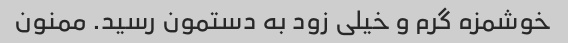
خوشمزه گرم و خیلی زود به دستمون رسید. ممنون